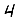
Digit: 4